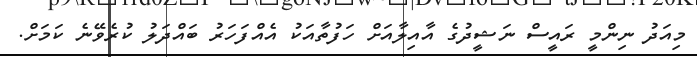
މިއަދު ނިންމީ ރައީސް ނަޝީދުގެ އާއިލާއަށް ހަފުތާއަކު އެއްފަހަރު ބައްދަލު ކުރެވޭނެ ކަމަށް.